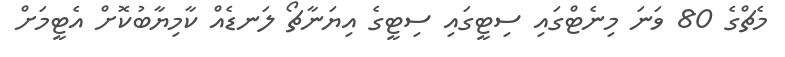
މެޗްގެ 80 ވަނަ މިނެޓްގައި ސިޓީގައި ސިޓީގެ އިޔަނާޗޯ ލަނޑެއް ކާމިޔާބުކޮށް އެޓީމަށް